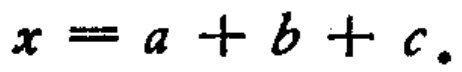
\(x = a + b + c.\)